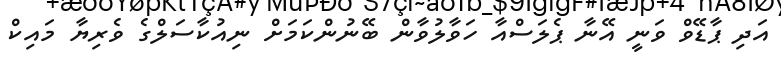
އަދި ޕާޑޭވް ވަނީ އޭނާ ޕެލަސްއާ ހަވާލުވާން ބޭނުންކަމަށް ނިއުކާސަލްގެ ވެރިޔާ މައިކް